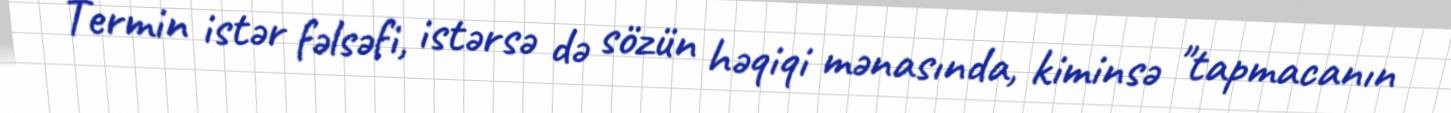
Termin istər fəlsəfi, istərsə də sözün həqiqi mənasında, kiminsə "tapmacanın